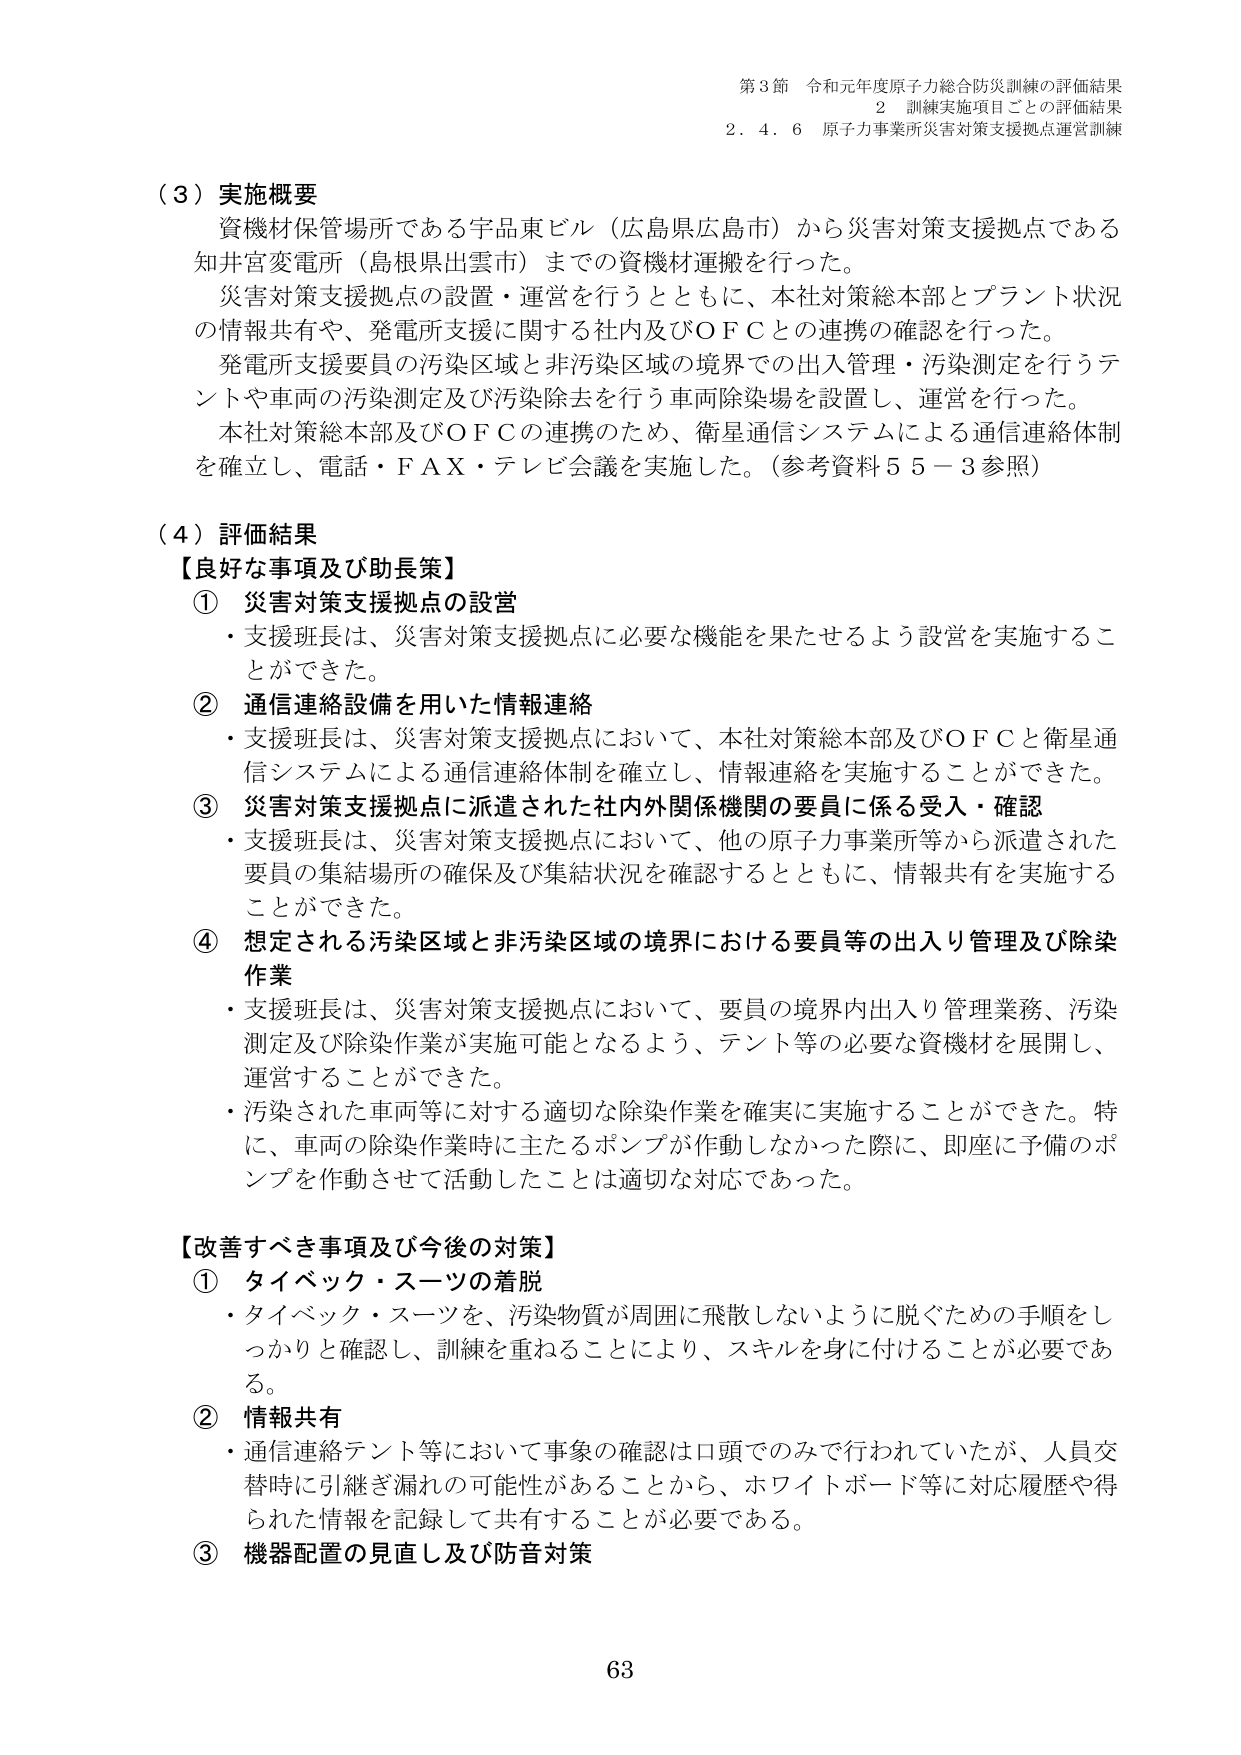
第3節 令和元年度原子力総合防災訓練の評価結果
2 訓練実施項目ごとの評価結果
2.4.6 原子力事業所災害対策支援拠点運営訓練

（3）実施概要
資機材保管場所である宇品東ビル（広島県広島市）から災害対策支援拠点である知井宮変電所（島根県出雲市）までの資機材運搬を行った。
災害対策支援拠点の設置・運営を行うとともに、本社対策総本部とプラント状況の情報共有や、発電所支援に関する社内及びＯＦＣとの連携の確認を行った。
発電所支援要員の汚染区域と非汚染区域の境界での出入管理・汚染測定を行うテントや車両の汚染測定及び汚染除去を行う車両除染場を設置し、運営を行った。
本社対策総本部及びＯＦＣの連携のため、衛星通信システムによる通信連絡体制を確立し、電話・ＦＡＸ・テレビ会議を実施した。（参考資料55－3参照）

（4）評価結果
【良好な事項及び助長策】
① 災害対策支援拠点の設営
・支援班長は、災害対策支援拠点に必要な機能を果たせるよう設営を実施することができた。
② 通信連絡設備を用いた情報連絡
・支援班長は、災害対策支援拠点において、本社対策総本部及びＯＦＣと衛星通信システムによる通信連絡体制を確立し、情報連絡を実施することができた。
③ 災害対策支援拠点に派遣された社内外関係機関の要員に係る受入・確認
・支援班長は、災害対策支援拠点において、他の原子力事業所等から派遣された要員の集結場所の確保及び集結状況を確認するとともに、情報共有を実施することができた。
④ 想定される汚染区域と非汚染区域の境界における要員等の出入り管理及び除染作業
・支援班長は、災害対策支援拠点において、要員の境界内出入り管理業務、汚染測定及び除染作業が実施可能となるよう、テント等の必要な資機材を展開し、運営することができた。
・汚染された車両等に対する適切な除染作業を確実に実施することができた。特に、車両の除染作業時に主たるポンプが作動しなかった際に、即座に予備のポンプを作動させて活動したことは適切な対応であった。

【改善すべき事項及び今後の対策】
① タイベック・スーツの着脱
・タイベック・スーツを、汚染物質が周囲に飛散しないように脱ぐための手順をしっかり確認し、訓練を重ねることにより、スキルを身に付けることが必要である。
② 情報共有
・通信連絡テント等において事象の確認は口頭でのみで行われていたが、人員交替時に引継ぎ漏れの可能性があることから、ホワイトボード等に対応履歴や得られた情報を記録して共有することが必要である。
③ 機器配置の見直し及び防音対策

63